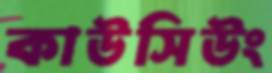
কাউসিউং